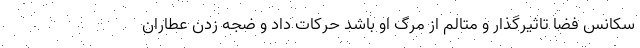
سکانس فضا تاثیرگذار و متالم از مرگ او باشد حرکات داد و ضجه زدن عطاران